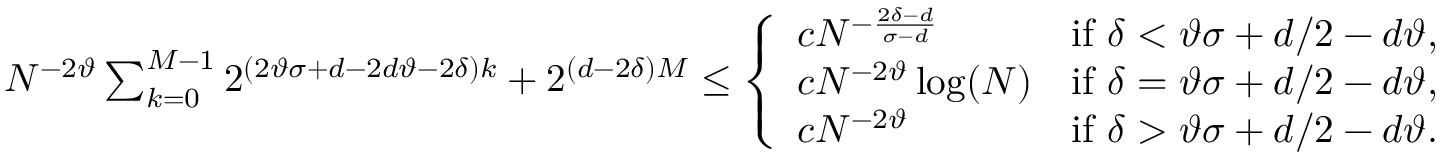
\begin{array} { r } { N ^ { - 2 \vartheta } \sum _ { k = 0 } ^ { M - 1 } 2 ^ { ( 2 \vartheta \sigma + d - 2 d \vartheta - 2 \delta ) k } + 2 ^ { ( d - 2 \delta ) M } \leq \left\{ \begin{array} { l l } { c N ^ { - \frac { 2 \delta - d } { \sigma - d } } } & { \mathrm { i f ~ } \delta < \vartheta \sigma + d / 2 - d \vartheta , } \\ { c N ^ { - 2 \vartheta } \log ( N ) } & { \mathrm { i f ~ } \delta = \vartheta \sigma + d / 2 - d \vartheta , } \\ { c N ^ { - 2 \vartheta } } & { \mathrm { i f ~ } \delta > \vartheta \sigma + d / 2 - d \vartheta . } \end{array} \right. } \end{array}